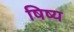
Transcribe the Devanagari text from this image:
षिष्य